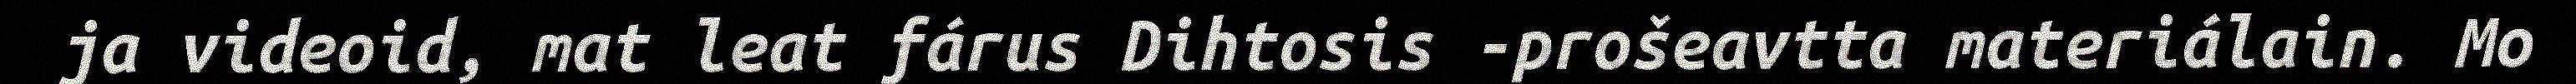
ja videoid, mat leat fárus Dihtosis -prošeavtta materiálain. Mo